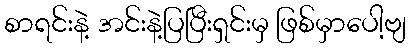
စာရင်းနဲ့ အင်းနဲ့ပြပြီးရှင်းမှ ဖြစ်မှာပေါ့ဗျ